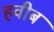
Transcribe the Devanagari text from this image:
हवीब